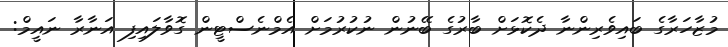
މުޒާހަރާގެ ބައިވެރިންނާ ދެކޮޅަށް ބާރުގެ ބޭނުން ނުކުރުމަށް އެމްނެސްޓީން ގޮވާލައިފި އަނާރާ ނައީމް: